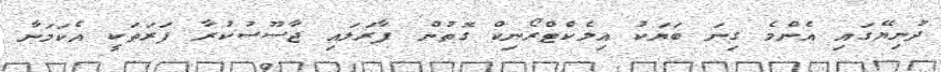
ދުނިޔޭގައި އެންމެ ގިނަ ބަޔަކު އިލެކްޓްރޯނިކް ގޮތުން ފާރަލައި ޖާސޫސުކުރާ ފަރަތަކީ އެކަމަނާ